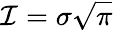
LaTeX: \mathcal{I}=\sigma\sqrt{\pi}